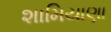
શામિયાણા